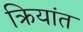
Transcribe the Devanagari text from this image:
क्रियांत